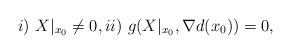
\begin{align*}i)\ X|_{x_{0}} \not=0,ii)\ g(X|_{x_{0}},\nabla d(x_{0}))= 0,\end{align*}